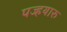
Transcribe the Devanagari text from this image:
पज्हयारु